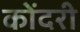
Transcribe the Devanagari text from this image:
कोंदरी